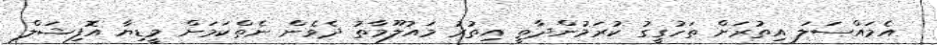
އެމައްސަލަ އިތުރަށް ތަހުގީގު ކުރަމުންދާތީ އިތުރު މައުލޫމާތު ދެވެން ނެތްކަމަށް މީޑިޔާ އޮފިޝަލް